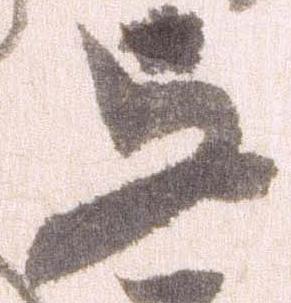
与